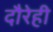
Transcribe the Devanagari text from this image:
दौरेही